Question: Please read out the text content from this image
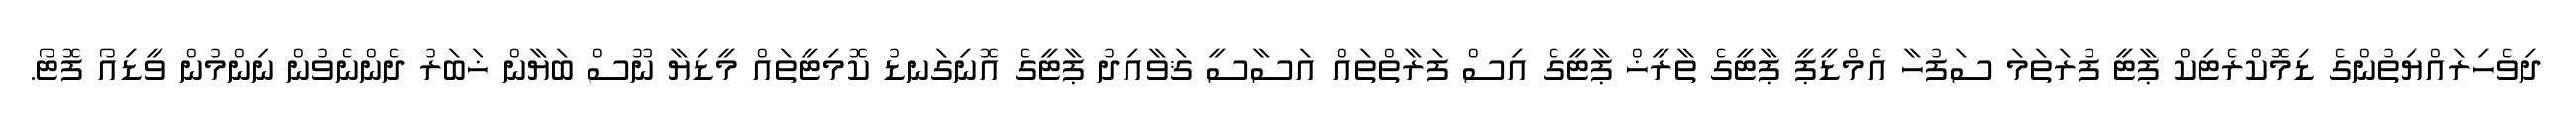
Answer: ދިވެހިރައްޔިތުންގެ ޑިމޮކްރެޓިކް ޕާޓީ ފުރަތަމަ ސަފުހާ އެމްޑީޕީ ޕާޓީގެ ތާރީޚް ޕާޓީގެ އިސް ފަރާތްތައް އަސާސީ ޤަވާއިދު ޕާޓީގެ އޮނިގަނޑު ކޮމިޓީތައް މީޑިޔާ ނޫސް ބަޔާން ޚަބަރު ދެންނެވުން ނިންމުން ވީޑިއޯ ފޮޓޯ.